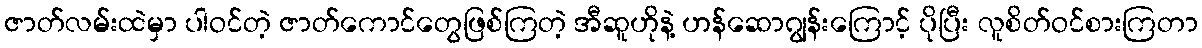
ဇာတ်လမ်းထဲမှာ ပါဝင်တဲ့ ဇာတ်ကောင်တွေဖြစ်ကြတဲ့ အီဆူဟိုနဲ့ ဟန်ဆောဂျွန်းကြောင့် ပိုပြီး လူစိတ်ဝင်စားကြတာ